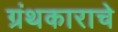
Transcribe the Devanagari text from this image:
ग्रंथकाराचे